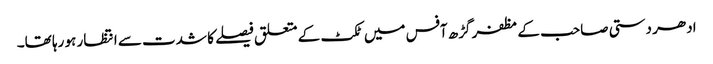
ادھر دستی صاحب کے مظفر گڑھ آفس میں ٹکٹ کے متعلق فیصلے کا شدت سے انتظار ہو رہا تھا۔